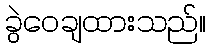
ခွဲဝေချထားသည်။